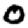
Digit: 0